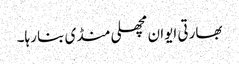
بھارتی ایوان مچھلی منڈی بنا رہا۔